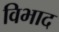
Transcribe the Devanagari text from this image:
विभाद